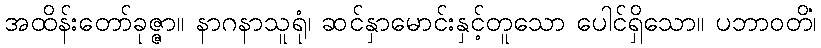
အထိန်းတော်ခုဇ္ဇာ။ နာဂနာသူရုံ၊ ဆင်နှာမောင်းနှင့်တူသော ပေါင်ရှိသော။ ပဘာဝတိံ၊